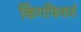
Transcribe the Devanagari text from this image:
किंगफिशर्स